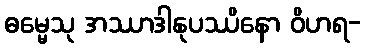
ဓမ္မေသု အဿာဒါနုပဿိနော ဝိဟရ-